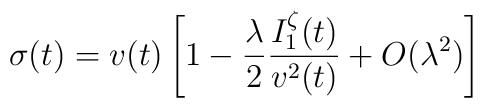
\sigma(t)=v(t)\left[1-\frac{\lambda}{2}\frac{I^{\zeta}_1(t)}{v^2(t)}+O(\lambda^2)\right]